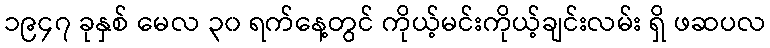
၁၉၄၇ ခုနှစ် မေလ ၃၀ ရက်နေ့တွင် ကိုယ့်မင်းကိုယ့်ချင်းလမ်း ရှိ ဖဆပလ